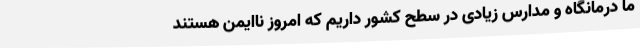
ما درمانگاه و مدارس زیادی در سطح کشور داریم که امروز ناایمن هستند